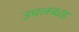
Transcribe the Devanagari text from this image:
उपलब्धह